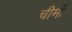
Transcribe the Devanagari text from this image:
चीमाँ